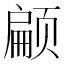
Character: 𮸸